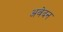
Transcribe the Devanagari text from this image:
अवेदन